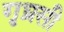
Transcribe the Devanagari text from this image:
गृघ्रसी